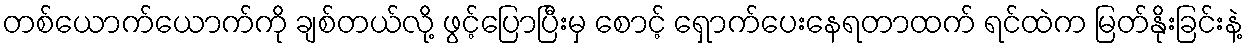
တစ်ယောက်ယောက်ကို ချစ်တယ်လို့ ဖွင့်ပြောပြီးမှ စောင့် ရှောက်ပေးနေရတာထက် ရင်ထဲက မြတ်နိုးခြင်းနဲ့